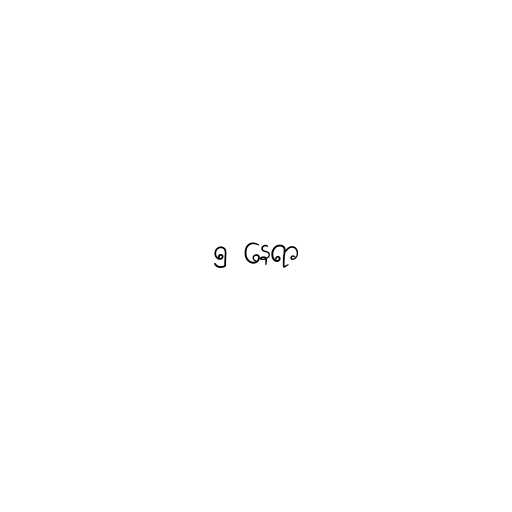
၅ နေရာ